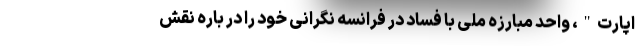
اپارت"، واحد مبارزه ملی با فساد در فرانسه نگرانی خود را در باره نقش